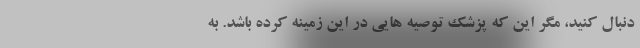
دنبال کنید، مگر این که پزشک توصیه هایی در این زمینه کرده باشد. به